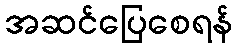
အဆင်ပြေစေရန်